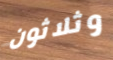
وثلاثون